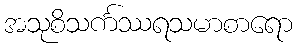
အသုစိသင်္ကဿရသမာစာရော